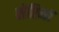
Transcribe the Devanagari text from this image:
सेप्टिमा